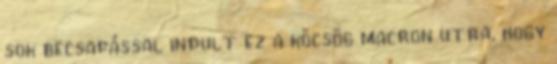
sok becsapással indult ez a köcsög macron utra, hogy